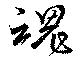
魂